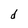
Character: d